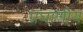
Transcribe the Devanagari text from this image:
प्रघाणीय